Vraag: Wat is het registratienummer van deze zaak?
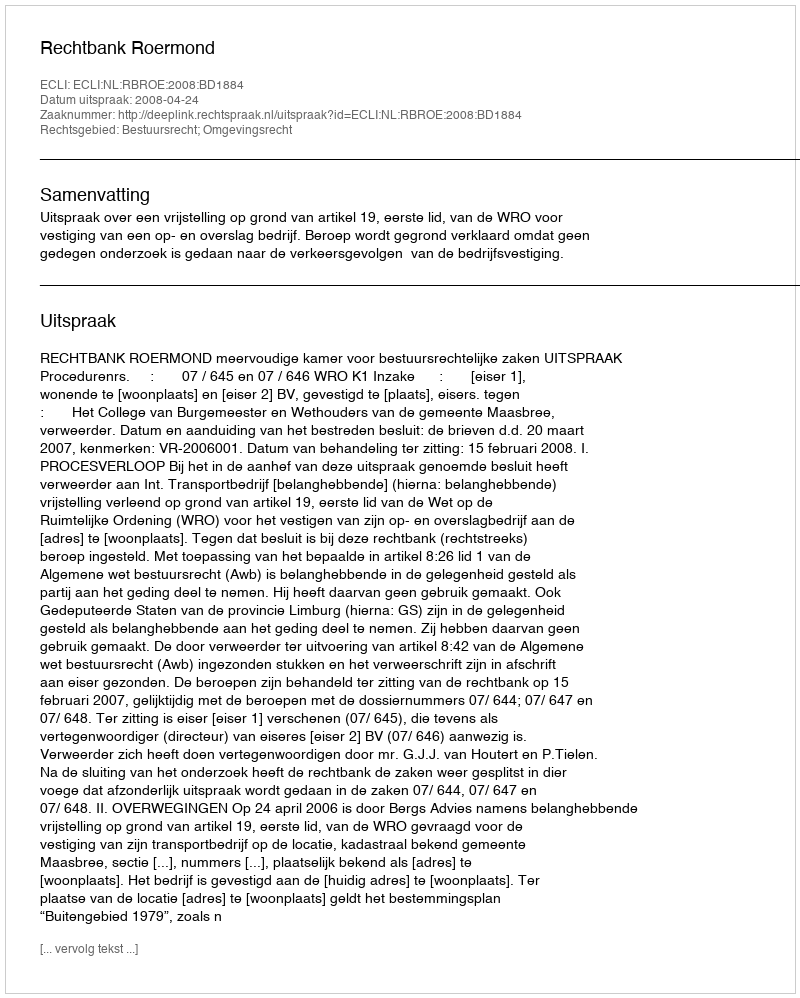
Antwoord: http://deeplink.rechtspraak.nl/uitspraak?id=ECLI:NL:RBROE:2008:BD1884